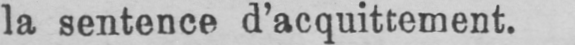
la sentence d’acquittement.